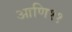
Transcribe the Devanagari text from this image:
आणि११